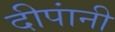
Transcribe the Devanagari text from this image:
दीपांनी